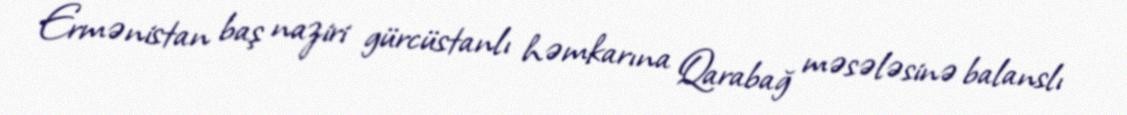
Ermənistan baş naziri gürcüstanlı həmkarına Qarabağ məsələsinə balanslı